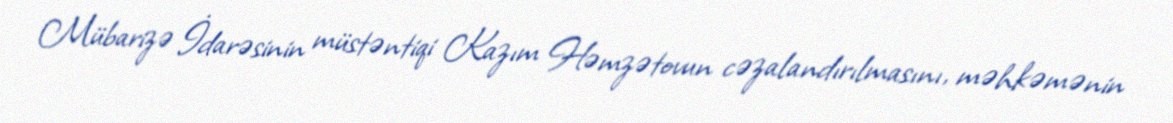
Mübarizə İdarəsinin müstəntiqi Kazım Həmzətovun cəzalandırılmasını, məhkəmənin